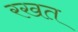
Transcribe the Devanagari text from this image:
रखत